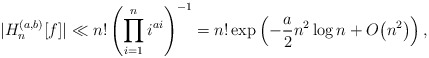
\begin{gather*}|H_n^{(a,b)}[f]|\ll n!\left(\prod_{i=1}^{n}i^{ai}\right)^{-1}=n!\exp\left(-\frac a2 n^2\log n+O\big(n^2\big)\right),\end{gather*}